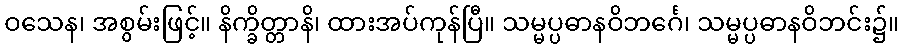
ဝသေန၊ အစွမ်းဖြင့်။ နိက္ခိတ္တာနိ၊ ထားအပ်ကုန်ပြီ။ သမ္မပ္ပဓာနဝိဘင်္ဂေ၊ သမ္မပ္ပဓာနဝိဘင်း၌။